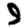
Digit: 9